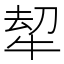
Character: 𭷠